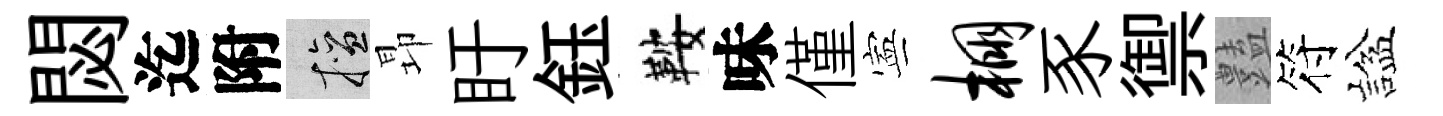
閟迄附擅昻盱鈺鞍味僅寕棚豕禦𧰟符諡